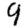
Digit: 9